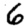
Digit: 6